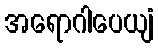
အရောဂါပေယျံ